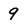
Character: 9